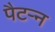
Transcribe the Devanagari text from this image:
पैटऱ्न